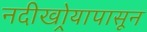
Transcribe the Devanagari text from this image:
नदीखोर्‍यापासून